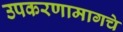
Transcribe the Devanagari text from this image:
उपकरणामागचे